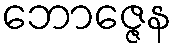
ဘောဇ္ဇေန